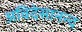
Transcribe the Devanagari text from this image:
अविदेसानन्द